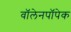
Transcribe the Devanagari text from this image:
वॉलेनपॉपेक